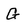
Character: G